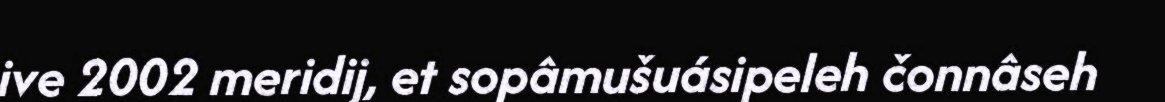
ive 2002 meridij, et sopâmušuásipeleh čonnâseh